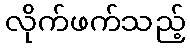
လိုက်ဖက်သည့်